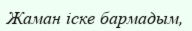
Жаман іске бармадым,